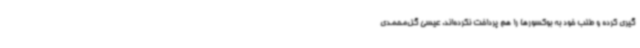
گیری کرده و طلب خود به بوکسورها را هم پرداخت نکرده‌اند. عیسی گل‌محمدی